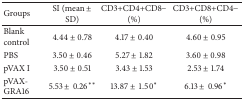
| Groups | SI (mean ± SD) | CD3+CD4+CD8− (%) | CD3+CD8+CD4− (%) |
 | --- | --- | --- | --- |
 | Blank control | 4.44 ± 0.78 | 4.17 ± 0.40 | 4.60 ± 0.95 |
 | PBS | 3.50 ± 0.46 | 5.27 ± 1.82 | 3.60 ± 0.98 |
 | pVAX I | 3.50 ± 0.51 | 3.43 ± 1.53 | 2.53 ± 1.74 |
 | pVAX-GRA16 | 5.53 ±0.26∗∗ | 13.87 ±1.50∗ | 6.13 ±0.96∗ |